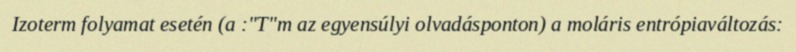
Izoterm folyamat esetén (a :"T"m az egyensúlyi olvadásponton) a moláris entrópiaváltozás: